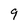
Character: 9